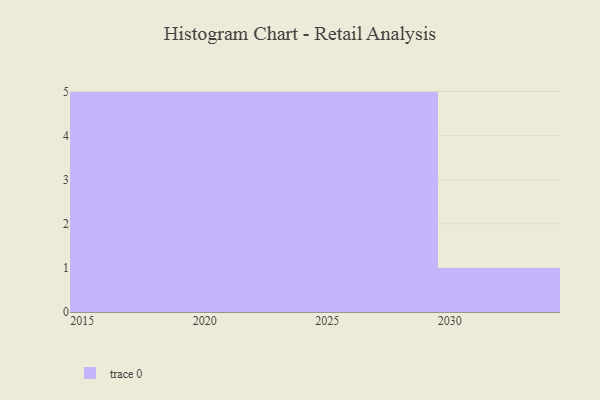
{"axis": {"x": "Year", "y": "Demand Index"}, "legend": [""], "data": [{"x": "2023", "y": 25, "type": ""}, {"x": "2030", "y": 23, "type": ""}, {"x": "2025", "y": 72, "type": ""}, {"x": "2022", "y": 5, "type": ""}, {"x": "2018", "y": 23, "type": ""}, {"x": "2026", "y": 12, "type": ""}, {"x": "2016", "y": 95, "type": ""}, {"x": "2021", "y": 58, "type": ""}, {"x": "2024", "y": 39, "type": ""}, {"x": "2019", "y": 64, "type": ""}, {"x": "2015", "y": 59, "type": ""}, {"x": "2017", "y": 49, "type": ""}, {"x": "2027", "y": 43, "type": ""}, {"x": "2029", "y": 78, "type": ""}, {"x": "2020", "y": 15, "type": ""}, {"x": "2028", "y": 52, "type": ""}]}